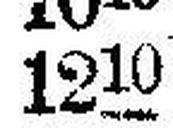
1210